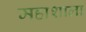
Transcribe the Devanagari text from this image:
महाशाला